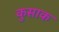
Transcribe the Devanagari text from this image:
कुसाक